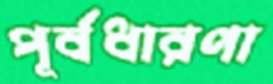
পূর্বধারণা